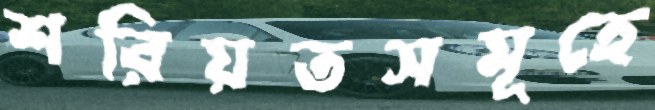
শরিয়তসমূহে